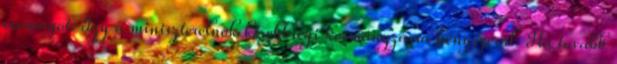
csomagot. Így a miniszterelnök kisebbségi kormányzásra kényszerül. Ha tovább